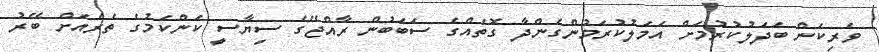
ވެރިކަން ބަދަލުކުރުމަށް އަމަލުކުރަމުންގެންދާ ގޮތެއްގެ ސަބަބުން ރާއްޖޭގެ ސިޔާސީ ކަންކަމުގެ ތެރެއަށް ބޭރު